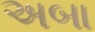
અબા